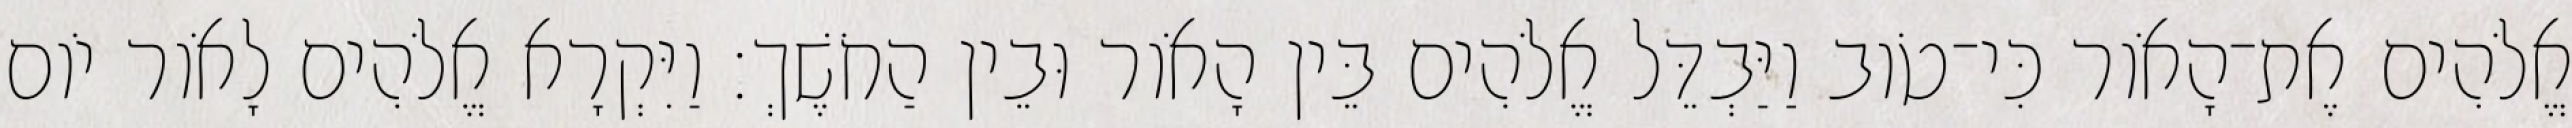
אֱלֹהִים אֶת־הָאֹור כִּי־טֹוב וַיַּבְדֵּל אֱלֹהִים בֵּין הָאֹור וּבֵין הַחֹשֶׁךְ׃ וַיִּקְרָא אֱלֹהִים לָאֹור יֹום